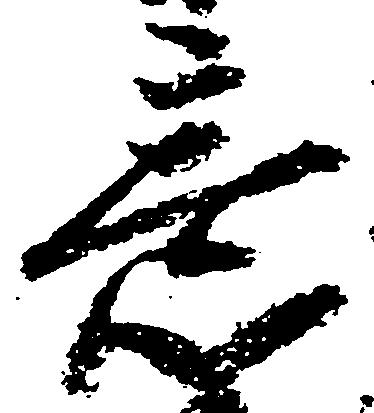
意